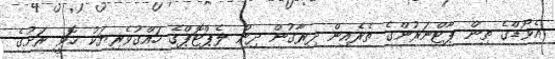
އެވޯޑްގެ ތިން ޕާޓްނަރުންގެ ތެރެއިން ދިރާގުން ދިން ލެޕްޓޮޕްގެ ހައްގުވެރިޔަކު ހޮވީ ރަށުގެ